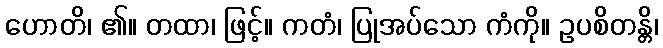
ဟောတိ၊ ၏။ တထာ၊ ဖြင့်။ ကတံ၊ ပြုအပ်သော ကံကို။ ဥပစိတန္တိ၊